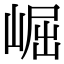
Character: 崛